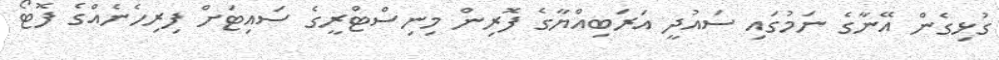
ގުޅިގެން އޭނާގެ ނަމުގައި ސައުދީ އަރަބިއްޔާގެ ފޮރިން މިނިސްޓްރީގެ ސައިޓަށް ފިރިހެނެއްގެ ފޮޓޯ